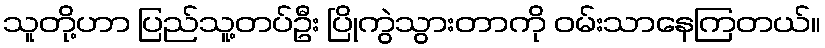
သူတို့ဟာ ပြည်သူ့တပ်ဦး ပြိုကွဲသွားတာကို ဝမ်းသာနေကြတယ်။